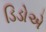
ડિડોએ